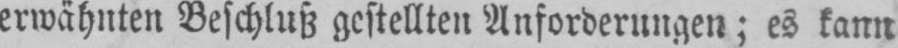
erwähnten Beschluß gestellten Anforderungen; es kann